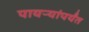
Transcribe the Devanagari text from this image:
पायऱ्यांपर्यंत